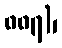
၈၈၇)၊